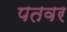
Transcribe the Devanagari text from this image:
पतवर